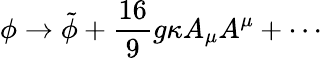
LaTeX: \phi\rightarrow\tilde{\phi}+\frac{16}{9}g\kappa A_{\mu}A^{\mu}+\cdots